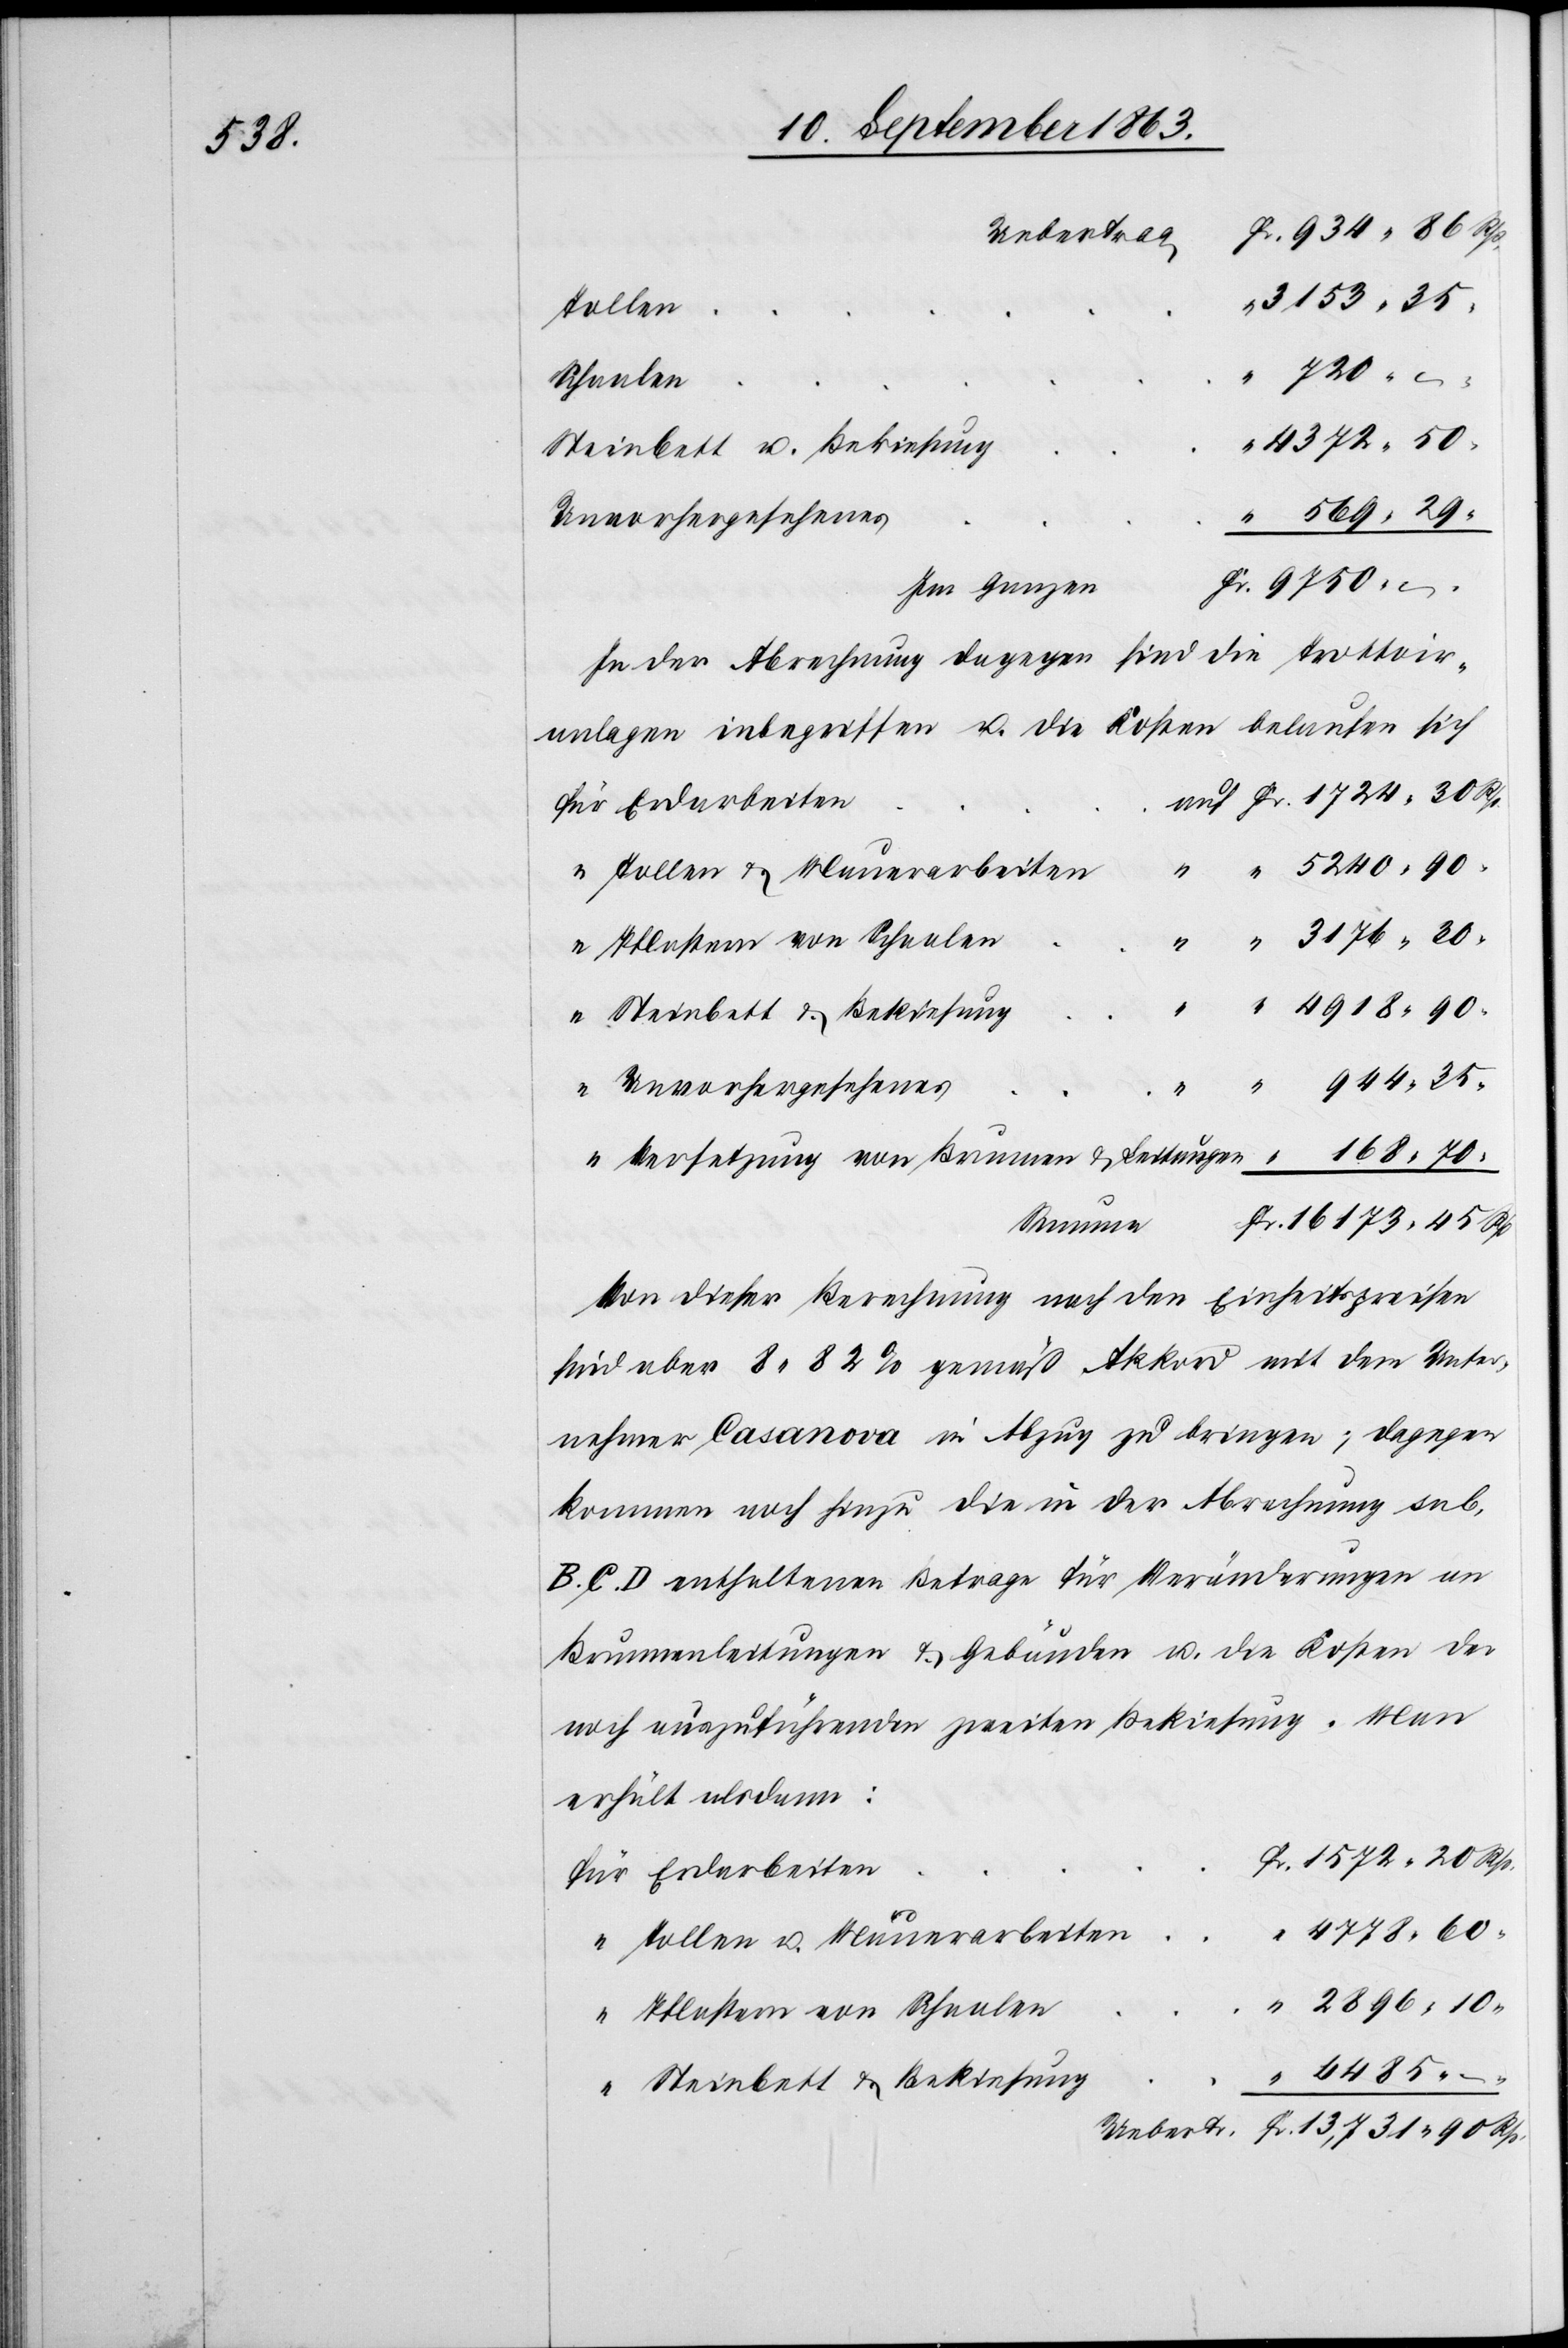
4485.

Uebertrag
Tollen
Schaalen
Steinbett & Bekiesung
Unvorhergesehenes
Im Ganzen
In der Abrechnung dagegen sind die Trottoir¬
Erdarbeiten
Tollen u. Mauerarbeiten
Versetzung von Brunnen & Leitungen
Von dieser Berechnung nach den Einheitspreisen
sind aber 8,82% gemäß Akkord mit dem Unter¬
nehmer Casanova in Abzug zu bringen; dagegen
kommen noch hinzu die in der Abrechnung sub.
B. C. D enthaltenen Betrage für Veränderungen an
Brunnenleitungen & Gebäuden u. die Kosten der
noch auszuführenden zweiten Bekiesung. Man
erhält alsdann:
Pflastern von Schaalen